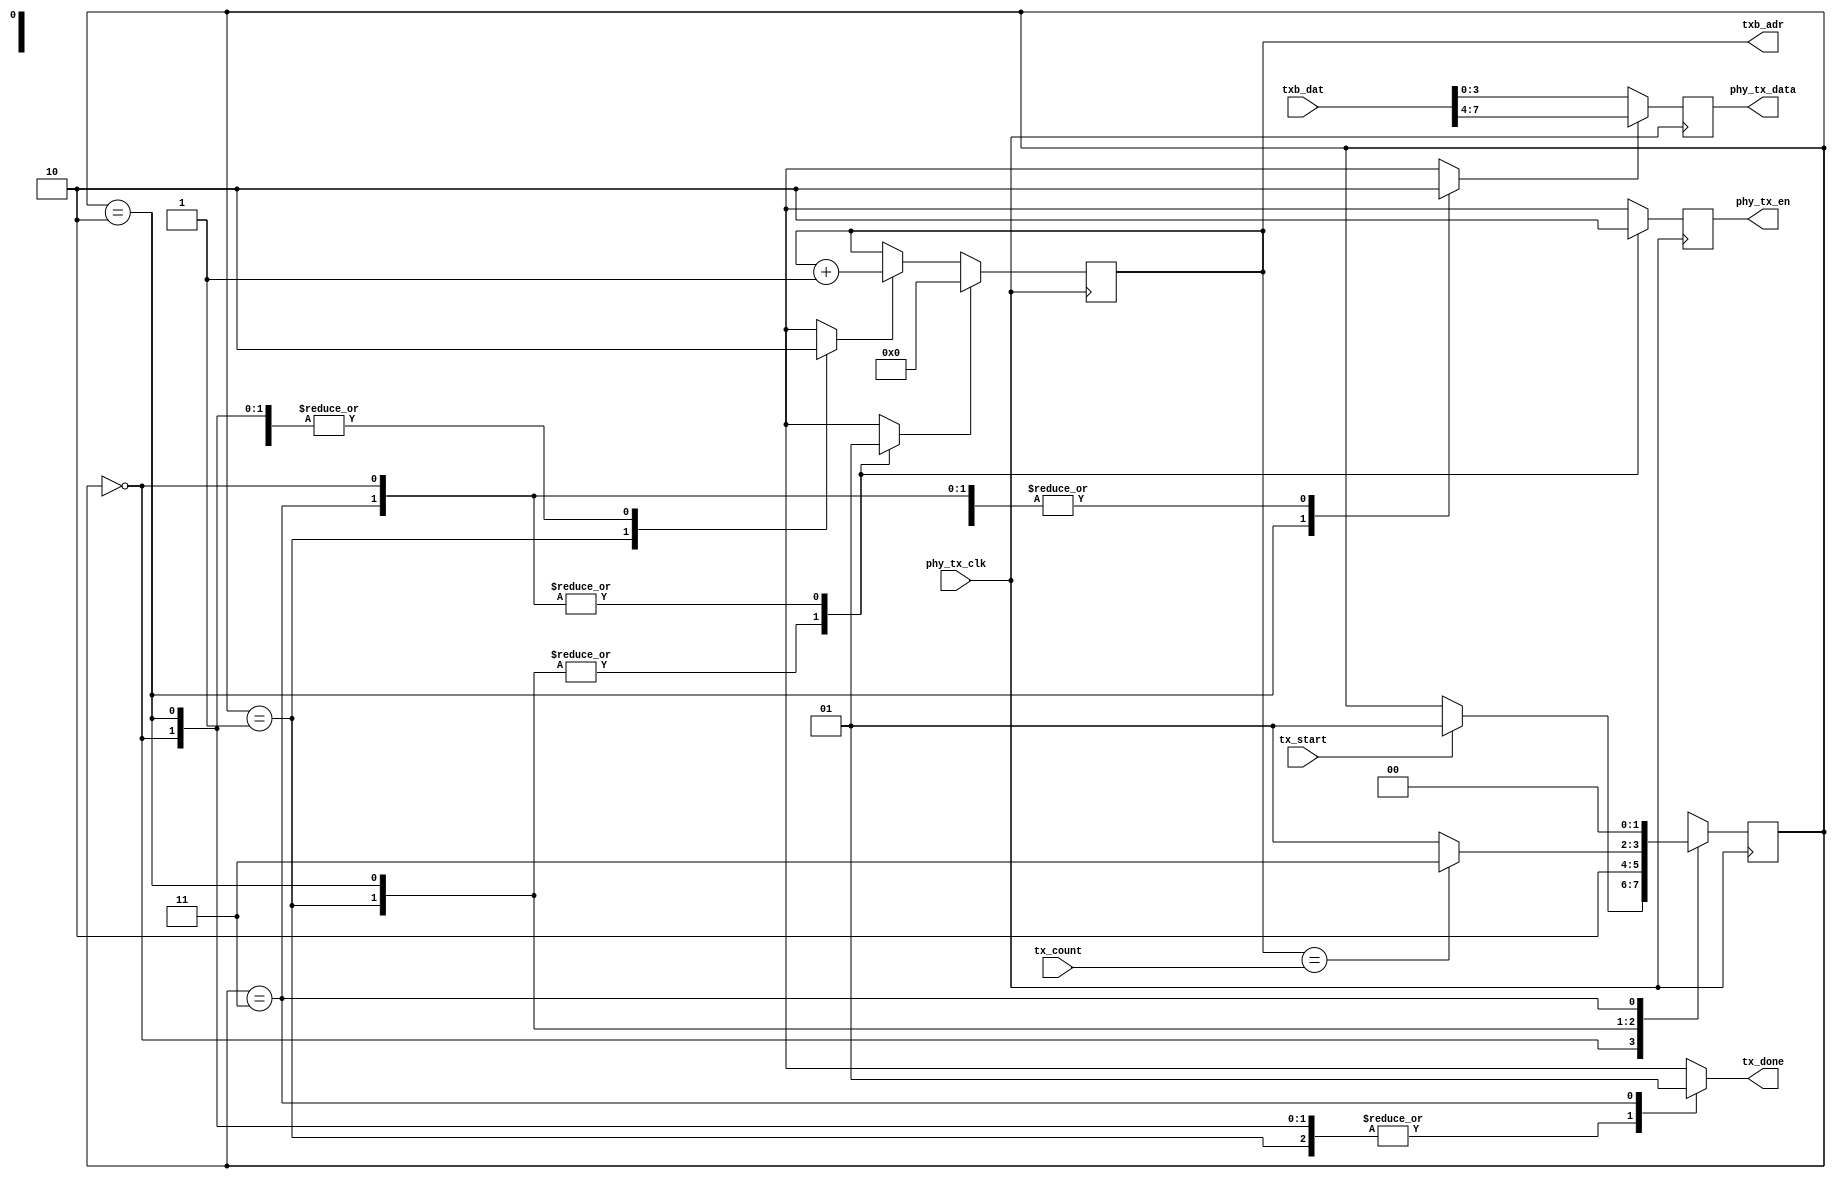
/*
 * Milkymist SoC
 * Copyright (C) 2007, 2008, 2009, 2010, 2011 Sebastien Bourdeauducq
 *
 * This program is free software: you can redistribute it and/or modify
 * it under the terms of the GNU General Public License as published by
 * the Free Software Foundation, version 3 of the License.
 *
 * This program is distributed in the hope that it will be useful,
 * but WITHOUT ANY WARRANTY; without even the implied warranty of
 * MERCHANTABILITY or FITNESS FOR A PARTICULAR PURPOSE.  See the
 * GNU General Public License for more details.
 *
 * You should have received a copy of the GNU General Public License
 * along with this program.  If not, see <http://www.gnu.org/licenses/>.
 */

module minimac2_tx(
	input phy_tx_clk,

	input tx_start,
	output reg tx_done,
	input [10:0] tx_count,
	input [7:0] txb_dat,
	output [10:0] txb_adr,
	
	output reg phy_tx_en,
	output reg [3:0] phy_tx_data
);

reg phy_tx_en_r;
reg phy_tx_data_sel;
wire [3:0] phy_tx_data_r = phy_tx_data_sel ? txb_dat[7:4] : txb_dat[3:0];
always @(posedge phy_tx_clk) begin
	phy_tx_en <= phy_tx_en_r;
	phy_tx_data <= phy_tx_data_r;
end

reg [10:0] byte_count;
reg byte_count_reset;
reg byte_count_inc;
always @(posedge phy_tx_clk) begin
	if(byte_count_reset)
		byte_count <= 11'd0;
	else if(byte_count_inc)
		byte_count <= byte_count + 11'd1;
end
assign txb_adr = byte_count;
wire byte_count_max = byte_count == tx_count;

parameter IDLE		= 2'd0;
parameter SEND_LO	= 2'd1;
parameter SEND_HI	= 2'd2;
parameter TERMINATE	= 2'd3;

reg [1:0] state;
reg [1:0] next_state;

initial state <= IDLE;
always @(posedge phy_tx_clk)
	state <= next_state;

always @(*) begin
	phy_tx_en_r = 1'b0;
	phy_tx_data_sel = 1'b0;
	byte_count_reset = 1'b0;
	byte_count_inc = 1'b0;
	tx_done = 1'b0;
	
	next_state = state;
	
	case(state)
		IDLE: begin
			byte_count_reset = 1'b1;
			if(tx_start)
				next_state = SEND_LO;
		end
		SEND_LO: begin
			byte_count_inc = 1'b1;
			phy_tx_en_r = 1'b1;
			phy_tx_data_sel = 1'b0;
			next_state = SEND_HI;
		end
		SEND_HI: begin
			phy_tx_en_r = 1'b1;
			phy_tx_data_sel = 1'b1;
			if(byte_count_max)
				next_state = TERMINATE;
			else
				next_state = SEND_LO;
		end
		TERMINATE: begin
			byte_count_reset = 1'b1;
			tx_done = 1'b1;
			next_state = IDLE;
		end
	endcase
end

endmodule